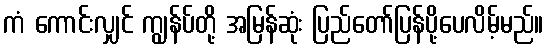
ကံ ကောင်းလျှင် ကျွန်ပ်တို့ အမြန်ဆုံး ပြည်တော်ပြန်ပို့ပေလိမ့်မည်။